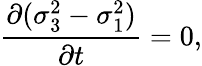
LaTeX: {\frac{\partial(\sigma_{3}^{2}-\sigma_{1}^{2})}{\partial t}}=0,